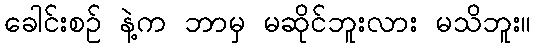
ခေါင်းစဉ် နဲ့က ဘာမှ မဆိုင်ဘူးလား မသိဘူး။